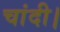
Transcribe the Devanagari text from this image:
चांदी।